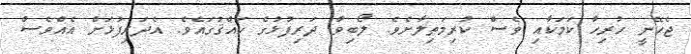
ޖެހޭނީ ހުރިހާ ކަމަކާއި ވެސް ކުރިމަތިލާށެވެ. ލޯބިވާ ދަރިފުޅުގެ ހައްޤުގައެވެ. އެދަރިފުޅަށް އެއްވެސް